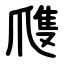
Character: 㸕